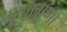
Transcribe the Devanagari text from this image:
गुणागुणों